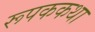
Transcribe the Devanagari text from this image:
रूपककथा